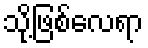
သို့ဖြစ်လေရာ